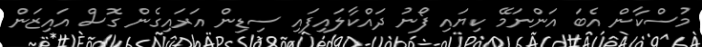
މުސްކާން އެބަ އަންނަމޭ ކިޔައި ފޯނު ދައްކާލައިފައި ސިޑިން އަރައިގެން ގޮސް އައިޒަން